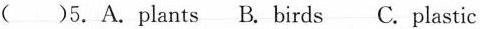
()5.A.Plants B. Birds C. Plastic